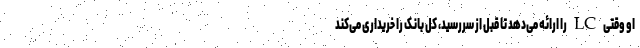
او وقتی LC را ارائه می‌دهد تا قبل از سررسید، کل بانک را خریداری می‌کند